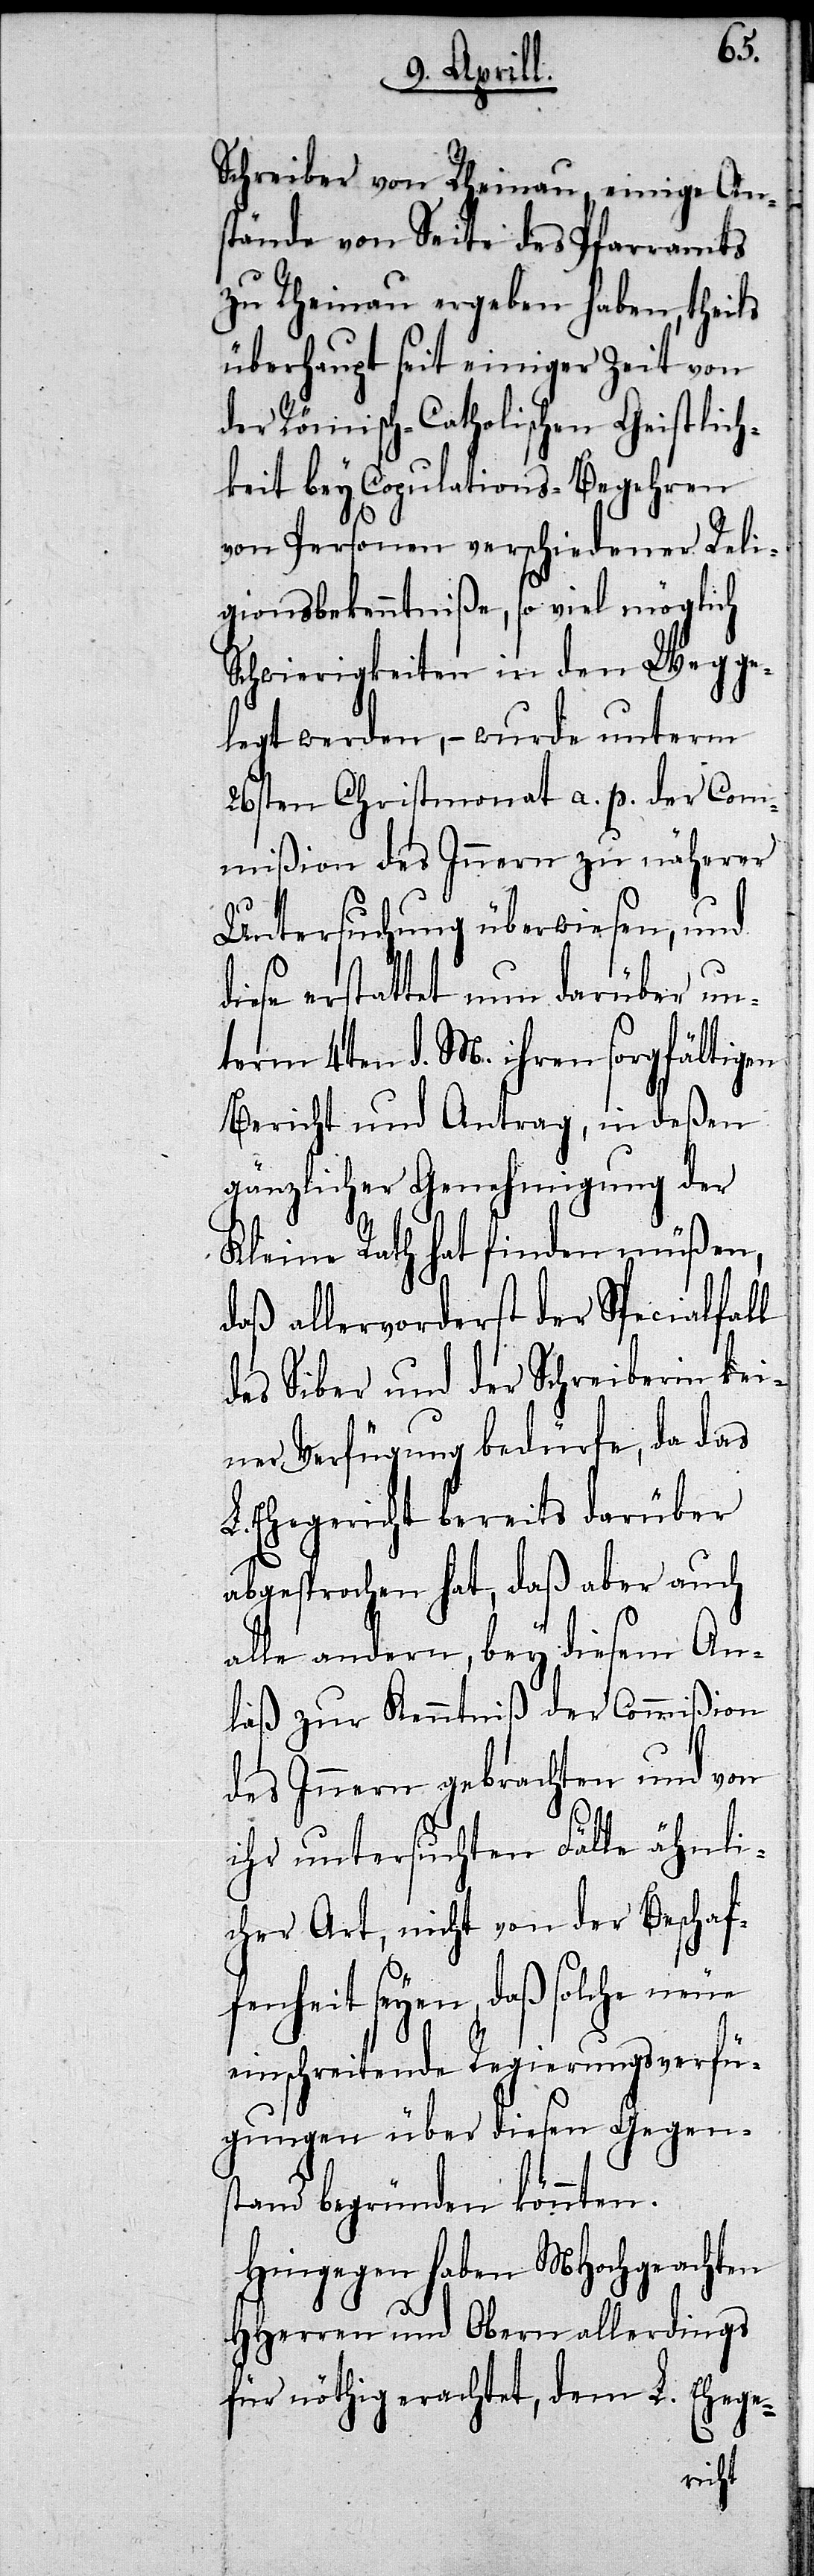
ei¬
Schreiber von Rheinau, einige Ans¬
tände von Seite des Pfarramts
zu Rheinau ergeben haben, theils
überhaupt seit einiger Zeit von
der Römisch-Catholischen Geistlich¬
keit bey Copulations-Begehren
von Personen verschiedener Reli¬
gionsbekenntniße, so viel möglich
Schwierigkeiten in den Weg
legt werden,– wurde unterm
26sten Christmonat a. p. der Com¬
mißion des Innern zu näherer
Untersuchung überwiesen, und
diese erstattet nun darüber un¬
term 4ten d. M. ihren sorgfältigen
Bericht und Antrag, in deßen
gänzlicher Genehmigung der
Kleine Rath hat finden müßen,
daß allervorderst der Specialfal¬
des Siber und der Schreiberin k¬
ner Verfügung bedürfe, da das
L. Ehegericht bereits darüber
abgesprochen hat, daß aber auch
alle andern, bey diesem An¬
laß zu Kenntniß der Commißion
des Innern gebrachten und von
ihr untersuchten Fälle ähnli¬
cher Art, nicht von der Beschaf¬
fenheit seyen, daß solche neue
einschreitende Regierungsverfü¬
gungen über diesen Gegen¬
stand begründen könnten.
Hingegen haben MHochgeachten
HHerren und Obern allerdings
für nöthig erachtet, dem L. Ehege-